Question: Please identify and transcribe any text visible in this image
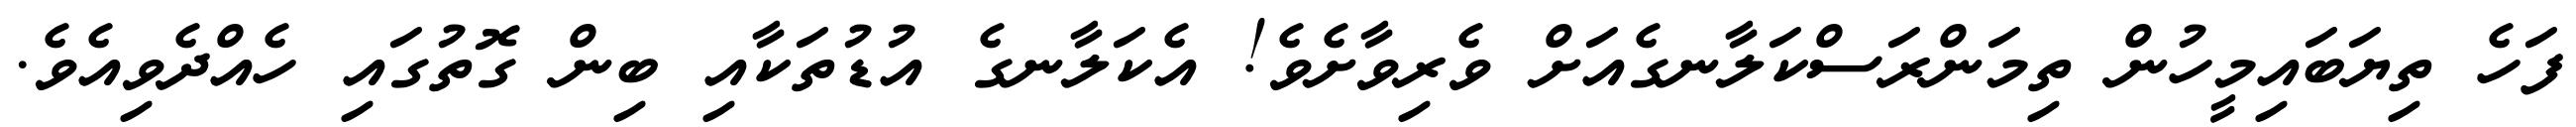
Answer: ފަހެ ތިޔަބައިމީހުން ތިމަންރަސްކަލާނގެއަށް ވެރިވާށެވެ! އެކަލާނގެ އުޑުތަކާއި ބިން ގޮތުގައި ހެއްދެވިއެވެ.